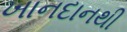
ખાનદાનથી